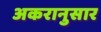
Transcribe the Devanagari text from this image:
अकरानुसार